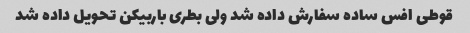
قوطی افس ساده سفارش داده شد ولی بطری باربیکن تحویل داده شد